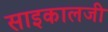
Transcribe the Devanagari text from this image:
साइकालजी